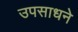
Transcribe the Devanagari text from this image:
उपसाधने